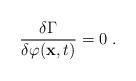
LaTeX: \begin{align*}\frac{\delta \Gamma}{\delta \varphi({\bf x}, t)} = 0 \; .\end{align*}